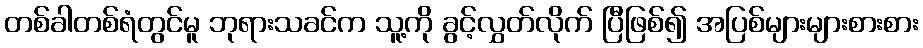
တစ်ခါတစ်ရံတွင်မူ ဘုရားသခင်က သူ့ကို ခွင့်လွှတ်လိုက် ပြီဖြစ်၍ အပြစ်များများစားစား